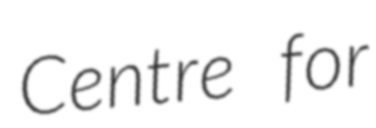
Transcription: Centre for